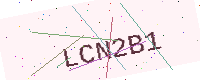
Text: LCN2B1